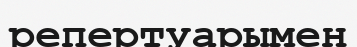
репертуарымен